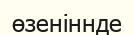
өзеніннде